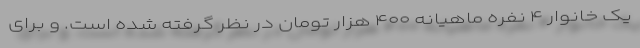
یک خانوار ۴ نفره ماهیانه ۴۰۰ هزار تومان در نظر گرفته شده است. و برای